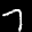
Label: 7